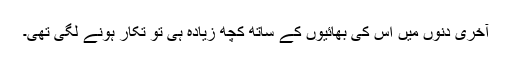
آخری دنوں میں اس کی بھائیوں کے ساتھ کچھ زیادہ ہی تُو تُکار ہونے لگی تھی۔